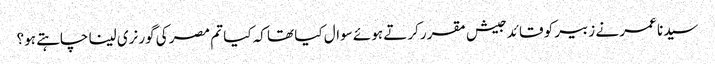
سیدنا عمر نے زبیر کو قائد جیش مقرر کرتے ہوئے سوال کیا تھا کہ کیا تم مصر کی گورنری لینا چاہتے ہو؟